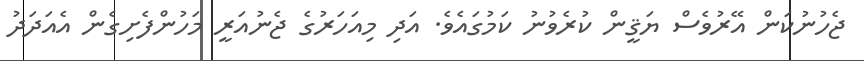
ޖެހުނުކަން އޭރުވެސް ޔަޤީން ކުރެވުނު ކަމުގައެެވެ. އަދި މިއަހަރުގެ ޖެނުއަރީ މަހުންފެށިގެން އެއަދަދު